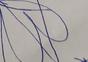
Signature authenticity: forged